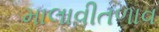
માલાવીતળાવ